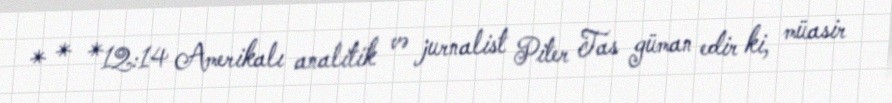
* * *12:14 Amerikalı analitik və jurnalist Piter Tas güman edir ki, müasir